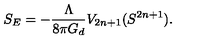
S _ { E } = - \frac { \Lambda } { 8 \pi G _ { d } } V _ { 2 n + 1 } ( S ^ { 2 n + 1 } ) .